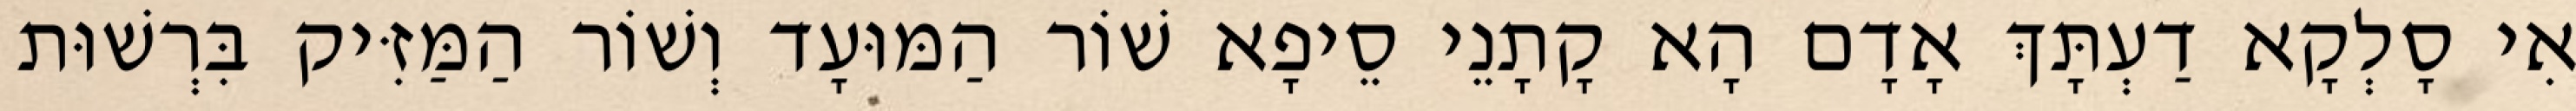
אִי סָלְקָא דַעְתָּךְ אָדָם הָא קָתָנֵי סֵיפָא שׁוֹר הַמּוּעָד וְשׁוֹר הַמַּזִּיק בִּרְשׁוּת